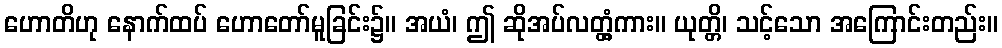
ဟောတိဟု နောက်ထပ် ဟောတော်မူခြင်း၌။ အယံ၊ ဤ ဆိုအပ်လတ္တံ့ကား။ ယုတ္တိ၊ သင့်သော အကြောင်းတည်း။